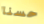
حسنا